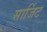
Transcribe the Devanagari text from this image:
सार्जिट